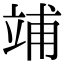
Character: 𥪀